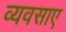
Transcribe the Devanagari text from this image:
व्यवसाए